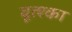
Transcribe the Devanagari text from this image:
वूत्श्का